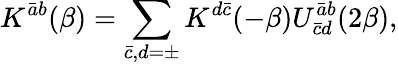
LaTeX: K^{\bar{a}b}(\beta)=\sum_{\bar{c},d=\pm}K^{d\bar{c}}(-\beta)U_{\bar{c}d}^{\bar{a}b}(2\beta),